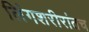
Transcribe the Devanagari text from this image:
लिंगशरीरांतच